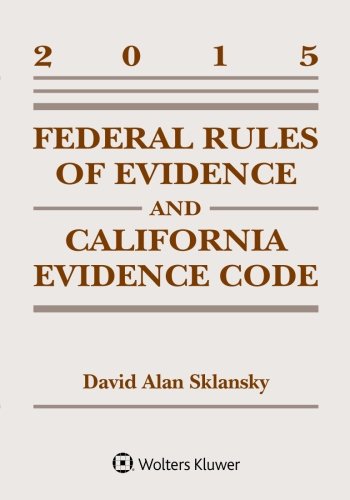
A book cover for Federal Rules Evidence and California Evidence Code Case Supplement; David Alan Sklansky; Law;